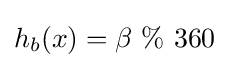
h_{b}(x)=\beta \ \%\ 360